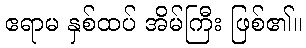
ဧရာမ နှစ်ထပ် အိမ်ကြီး ဖြစ်၏။